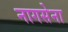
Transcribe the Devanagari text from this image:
नागसेना